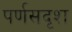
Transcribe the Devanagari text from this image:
पर्णसदृश